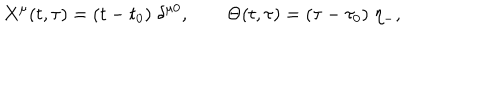
X ^ { \mu } ( t , \tau ) = ( t - t _ { 0 } ) \; \delta ^ { \mu 0 } , \quad \quad \Theta ( t , \tau ) = ( \tau - \tau _ { 0 } ) \; \eta _ { - } ,